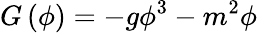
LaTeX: G\left(\phi\right)=-g\phi^{3}-m^{2}\phi